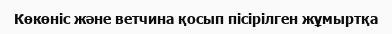
Көкөніс және ветчина қосып пісірілген жұмыртқа